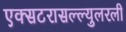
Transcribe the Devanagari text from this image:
एक्सटरासल्ल्युलरली